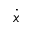
\dot { x }